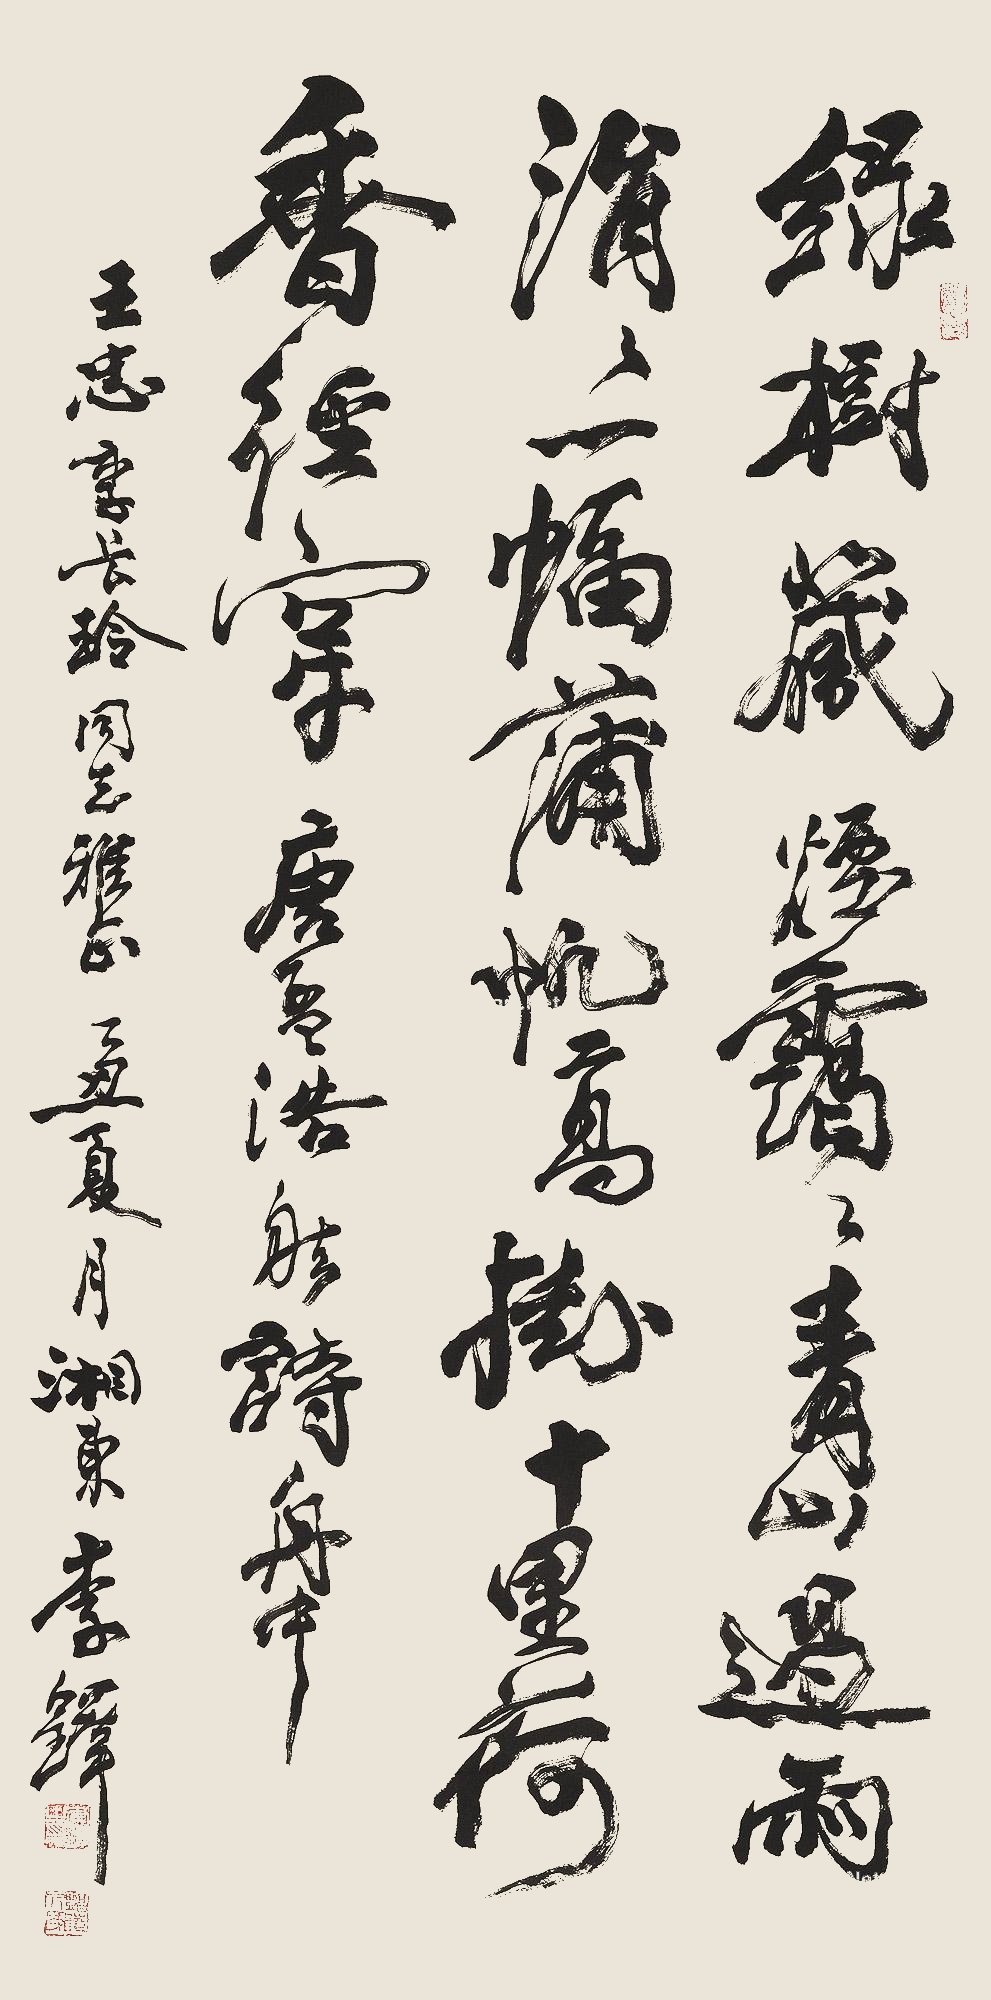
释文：绿树藏烟霭霭，青山遇雨涓涓。一幅蒲帆高挂，十里荷香径穿。唐孟浩然诗《舟中》。王忠、李长玲同志雅正。乙丑夏月，湘东李铎。